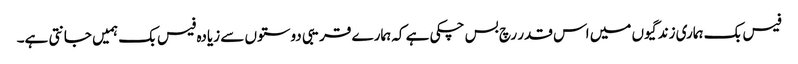
فیس بک ہماری زندگیوں میں اس قدر رچ بس چکی ہے کہ ہمارے قریبی دوستوں سے زیادہ فیس بک ہمیں جانتی ہے۔